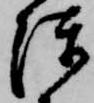
陳